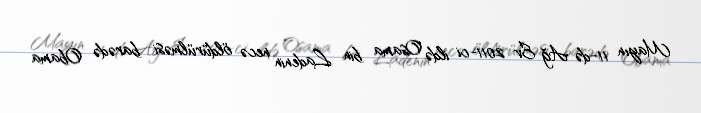
Mayın 11-də Ağ Ev 2011-ci ildə Osama bin Ladenin necə öldürülməsi barədə Obama